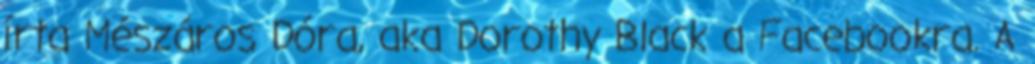
írta Mészáros Dóra, aka Dorothy Black a Facebookra. A